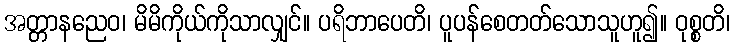
အတ္တာနညေဝ၊ မိမိကိုယ်ကိုသာလျှင်။ ပရိဘာပေတိ၊ ပူပန်စေတတ်သောသူဟူ၍။ ဝုစ္စတိ၊